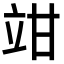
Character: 𥩩